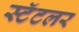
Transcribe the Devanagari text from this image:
स्टॅटलर